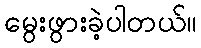
မွေးဖွားခဲ့ပါတယ်။